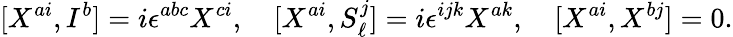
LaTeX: [X^{ai},I^{b}]=i\epsilon^{abc}X^{ci},\quad[X^{ai},S_{\ell}^{j}]=i\epsilon^{ijk}X^{ak},\quad[X^{ai},X^{bj}]=0.